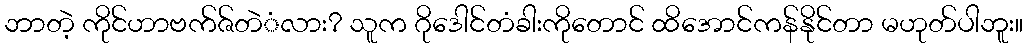
ဘာတဲ့ ကိုင်ဟာဗက်ဇ်တဲံလား? သူက ဂိုဒေါင်တံခါးကိုတောင် ထိအောင်ကန်နိုင်တာ မဟုတ်ပါဘူး။